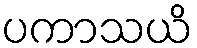
ပကာသယိ